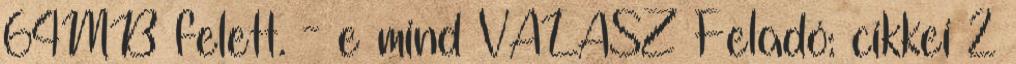
64MB felett. - e mind VÁLASZ Feladó: cikkei 2